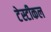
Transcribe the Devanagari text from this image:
टेस्टीकल